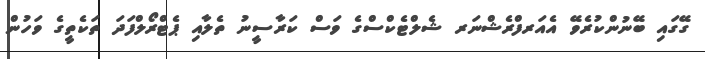
ގޭގައި ބޭނުންކުރެވޭ އެއަރފްރެޝްނަރ ޝެލްޓެކްސްގެ ވަސް ކަރާސީނު ތެލާއި ޕެޓްރޯލްފަދަ ތަކެތީގެ ވަހުން